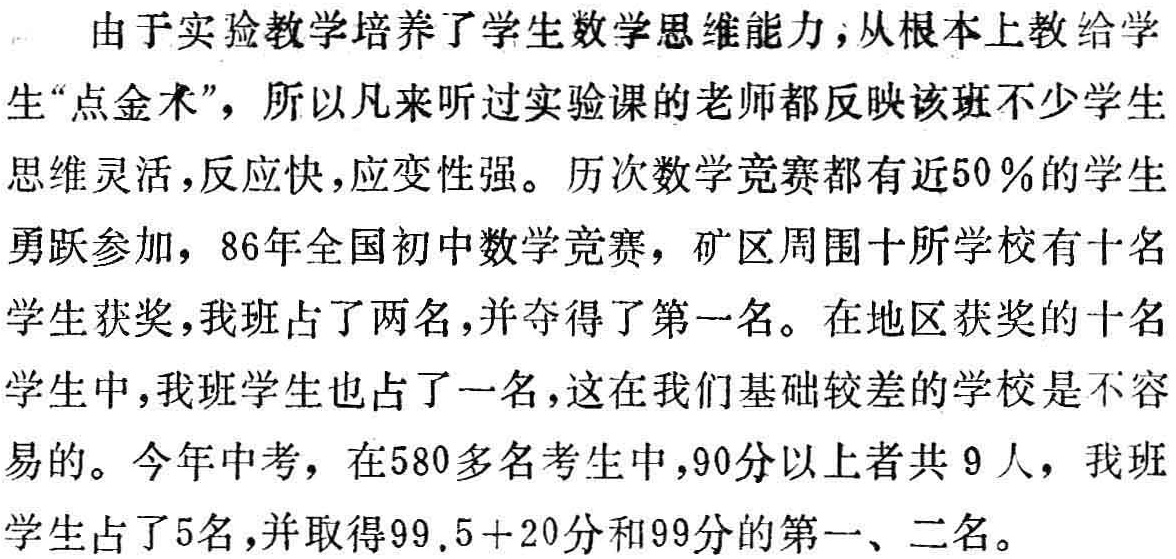
由于实验教学培养了学生数学思维能力，从根本上教给学生“点金术”，所以凡来听过实验课的老师都反映该班不少学生思维灵活，反应快，应变性强。历次数学竞赛都有近50％的学生勇跃参加，86年全国初中数学竞赛，矿区周围十所学校有十名学生获奖，我班占了两名，并夺得了第一名。在地区获奖的十名学生中，我班学生也占了一名，这在我们基础较差的学校是不容易的。今年中考，在580多名考生中，90分以上者共9人，我班学生占了5名，并取得99.5+20分和99分的第一、二名。